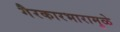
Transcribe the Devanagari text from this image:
गैरकारभारामुळे